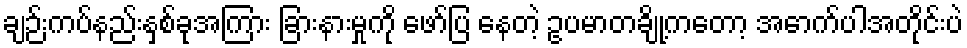
ချဉ်းကပ်နည်းနှစ်ခုအကြား ခြားနားမှုကို ဖော်ပြ နေတဲ့ ဥပမာတချို့ကတော့ အောက်ပါအတိုင်းပဲ